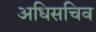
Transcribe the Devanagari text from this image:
अधिसचिव